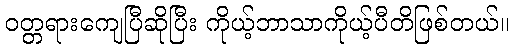
ဝတ္တရားကျေပြီဆိုပြီး ကိုယ့်ဘာသာကိုယ့်ပီတိဖြစ်တယ်။